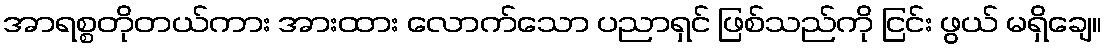
အာရစ္စတိုတယ်ကား အားထား လောက်သော ပညာရှင် ဖြစ်သည်ကို ငြင်း ဖွယ် မရှိချေ။